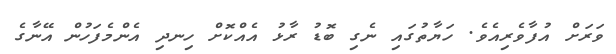
ވަރަށް އުފާވެރިއެވެ. ހަޔާތުގައި ނެގި ބޮޑު ރާޅު އެއްކޮށް ހިނދި އެންމެފަހުން އޭނާގެ